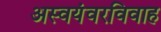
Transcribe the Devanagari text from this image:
अस्वयंवरविवाह